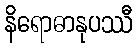
နိရောဓာနုပဿီ